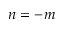
n = - m